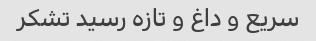
سریع و داغ و تازه رسید تشکر